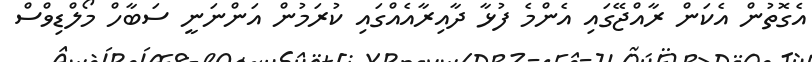
އެގޮތުން އެކަން ރާއްޖޭގައި އެންމެ ފުޅާ ދާއިރާއެއްގައި ކުރަމުން އަންނަނީ ސަބާހް މޯލްޑިވްސް